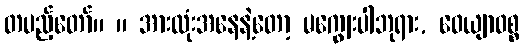
တပည့်တော်။ ။ အားလုံးအနေနဲ့တော့ မကျွေးပါဘုရား, ဝေယျာဝစ္စ